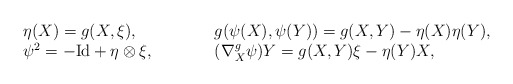
\begin{align*}\begin{array}{ll}\eta(X)=g(X,\xi), &g(\psi(X),\psi(Y))=g(X,Y)-\eta(X)\eta(Y),\\\psi^2=-\mathrm{Id}+\eta \otimes \xi,\quad\qquad&(\nabla^{g}_{X}\psi)Y=g(X,Y)\xi-\eta(Y)X,\end{array}\end{align*}